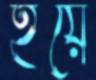
ইয়ে